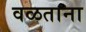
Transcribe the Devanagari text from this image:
वळताना